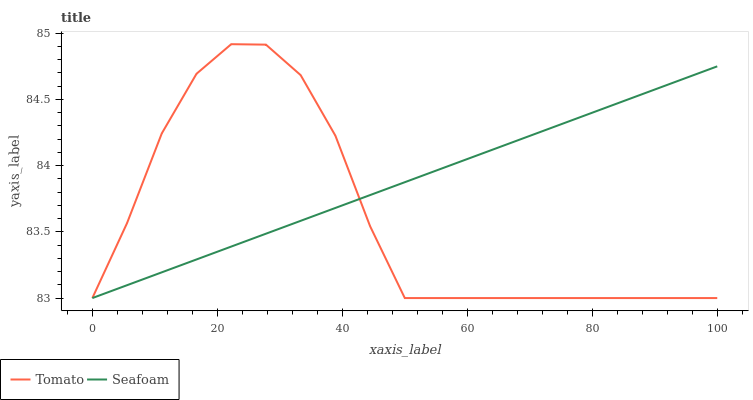
| xaxis_label | Tomato | Seafoam |
 | --- | --- | --- |
 | 0 | 83 | 83 |
 | 5.56 | 83.6 | 83.1 |
 | 11.1 | 84.2 | 83.2 |
 | 16.7 | 84.7 | 83.3 |
 | 22.2 | 84.9 | 83.4 |
 | 27.8 | 84.9 | 83.5 |
 | 33.3 | 84.7 | 83.6 |
 | 38.9 | 84.2 | 83.7 |
 | 44.4 | 83.5 | 83.8 |
 | 50 | 83 | 83.9 |
 | 55.6 | 83 | 84 |
 | 61.1 | 83 | 84.1 |
 | 66.7 | 83 | 84.2 |
 | 72.2 | 83 | 84.3 |
 | 77.8 | 83 | 84.4 |
 | 83.3 | 83 | 84.5 |
 | 88.9 | 83 | 84.6 |
 | 94.4 | 83 | 84.7 |
 | 100 | 83 | 84.7 |